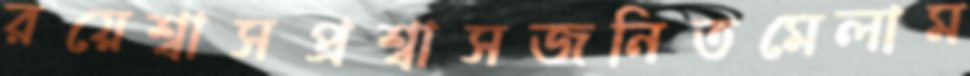
রয়েশ্বাসপ্রশ্বাসজনিতমেলাম